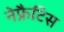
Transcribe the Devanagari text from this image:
नेफ्रैटिस